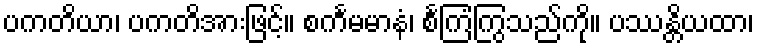
ပကတိယာ၊ ပကတိအားဖြင့်။ စင်္ကမမာနံ၊ စင်္ကြံကြွသည်ကို။ ပဿန္တိယထာ၊